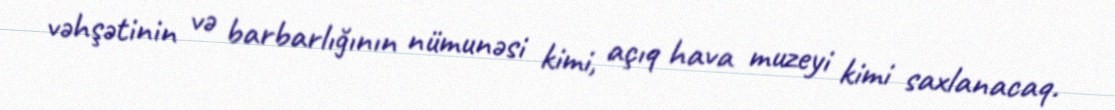
vəhşətinin və barbarlığının nümunəsi kimi, açıq hava muzeyi kimi saxlanacaq.